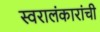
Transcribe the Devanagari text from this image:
स्वरालंकारांची